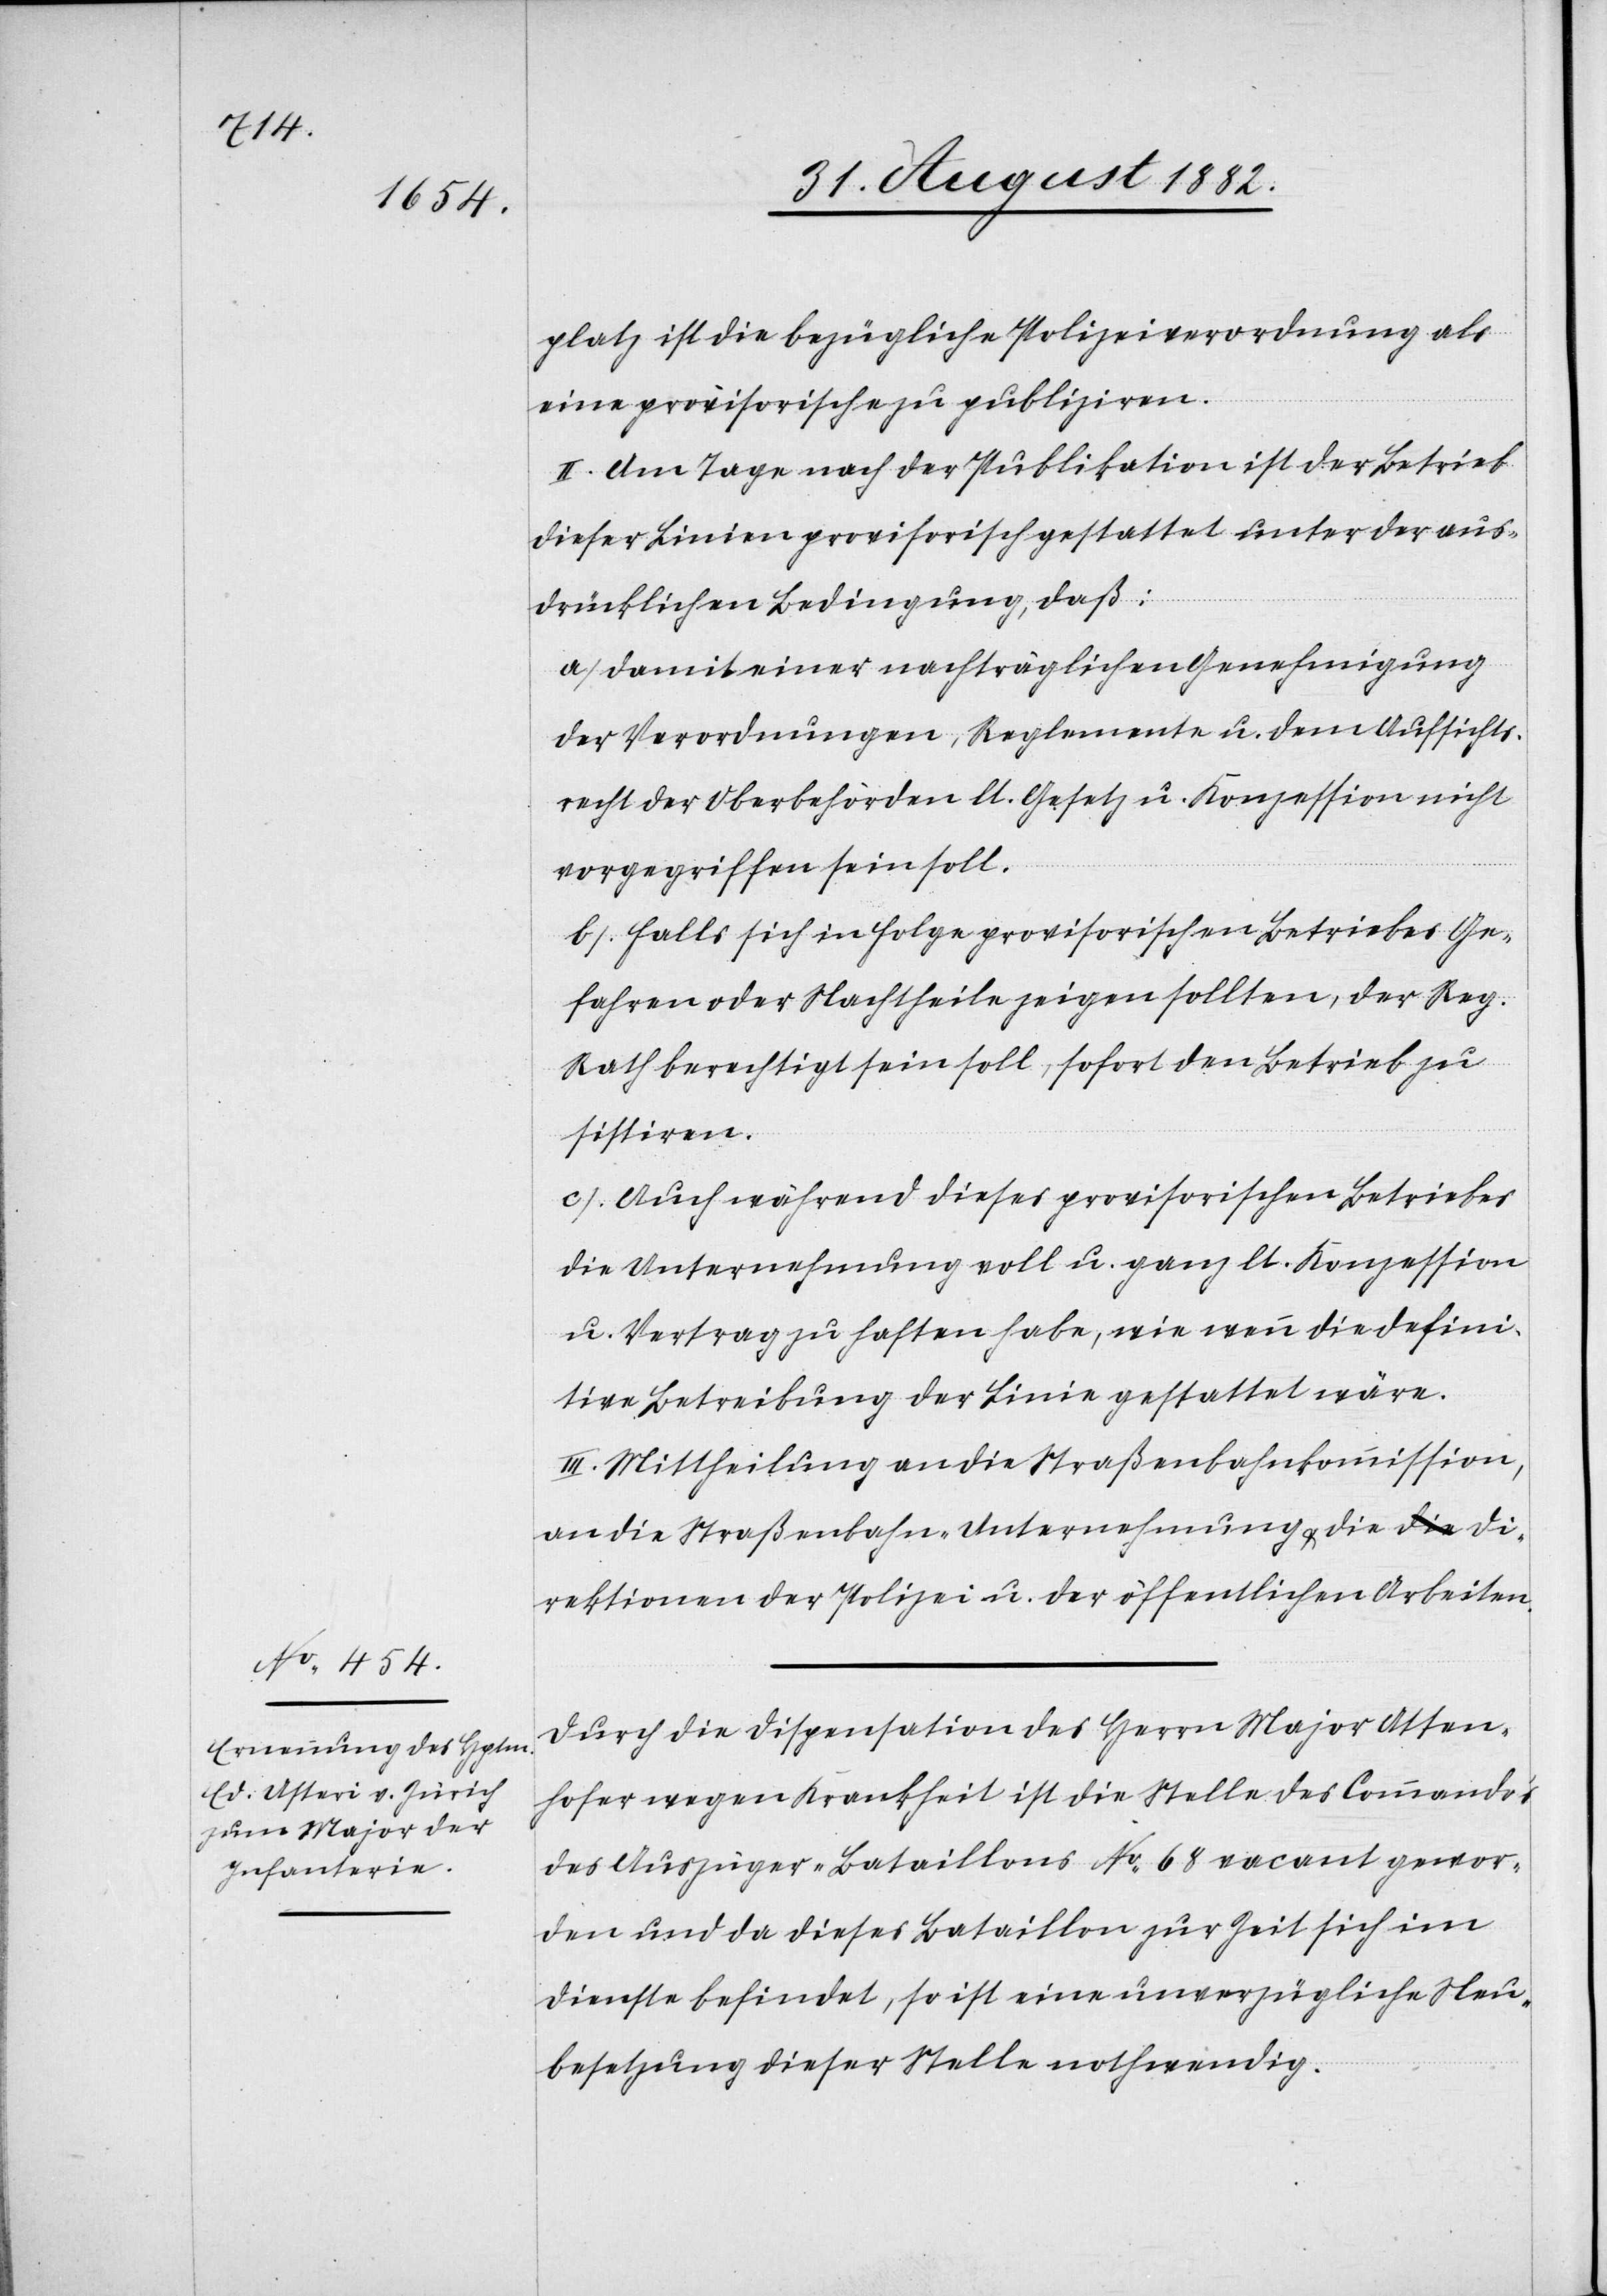
platz ist die bezügliche Polizeiverordnung als
eine provisorische zu publiziren.
II. Am Tage nach der Publikation ist der Betrieb
dieser Linien provisorisch gestattet unter der aus¬
drücklichen Bedingung, daß:
a) Damit einer nachträglichen Genehmigung
der Verordnungen, Reglemente u. dem Aufsichts¬
recht der Oberbehörden lt. Gesetz u. Konzession nicht
vorgegriffen sein soll.
b) Falls sich in Folge provisorischen Betriebes Ge¬
fahren oder Nachtheile zeigen sollten, der Reg.
Rath berechtigt sein soll, sofort den Betrieb zu
sistiren.
c) Auch während dieses provisorischen Betriebes
die Unternehmung voll u. ganz lt. Konzession
u. Vertrag zu haften habe, wie wenn die defini¬
tive Betreibung der Linie gestattet wäre.
III. Mittheilung an die Straßenbahnkommission,
an die Straßenbahn-Unternehmung & die Di¬
rektionen der Polizei u. der öffentlichen Arbeiten.
Durch die Dispensation des Herrn Major Atten¬
hofer wegen Krankheit ist die Stelle des Commando’s
des Auszüger-Bataillons No 68 vacant gewor¬
den und da dieses Bataillon zur Zeit sich im
Dienste befindet, so ist eine unverzügliche Neu¬
besetzung dieser Stelle nothwendig.